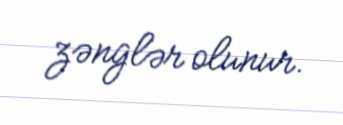
zənglər olunur.